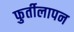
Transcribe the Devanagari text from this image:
फुर्तीलापन